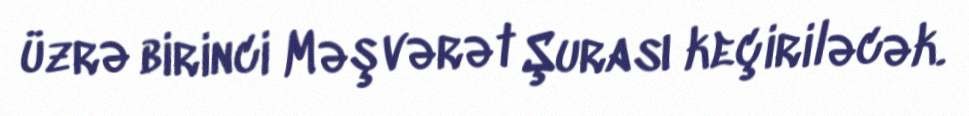
üzrə birinci Məşvərət Şurası keçiriləcək.